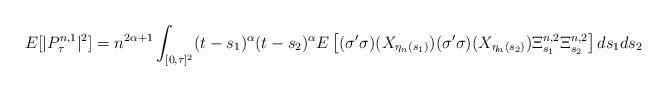
LaTeX: \begin{align*} E[| P^{n,1}_\tau|^2]=n^{2\alpha+1}\int_{[ 0,\tau]^2} (t-s_1)^{\alpha} (t-s_2)^{\alpha} E\left[(\sigma'\sigma)(X_{\eta_n(s_1)}) (\sigma'\sigma)(X_{\eta_n(s_2)}) \Xi^{n,2}_{s_1} \Xi^{n,2}_{s_2} \right] ds_1 ds_2 \end{align*}